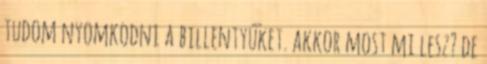
tudom nyomkodni a billentyűket. akkor most mi lesz? de